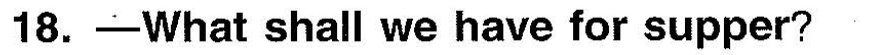
18.-What shall we have for supper?